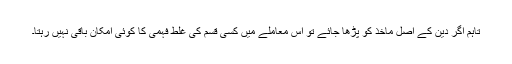
تاہم اگر دین کے اصل ماخذ کو پڑھا جائے تو اس معاملے میں کسی قسم کی غلط فہمی کا کوئی امکان باقی نہیں رہتا۔